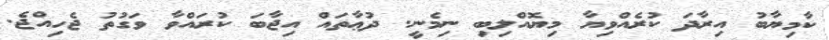
ކާމިޔާބު އިރާދަ ކުރެއްވިޔާ މިޔޮއްލިބި ނިމެނީ. ދުޢާތައް އިޖާބަ ކުރައްވާ ވަގުތު ޖެހިއްޖެ.